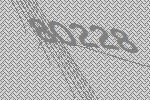
80228